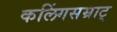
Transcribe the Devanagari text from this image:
कलिंगसम्राट्